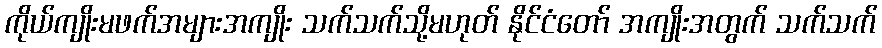
ကိုယ်ကျိုးမဖက်အများအကျိုး သက်သက်သို့မဟုတ် နိုင်ငံတော် အကျိုးအတွက် သက်သက်